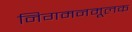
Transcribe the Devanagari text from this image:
निगमनमूलक